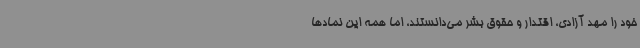
خود را مهد آزادی، اقتدار و حقوق بشر می‌دانستند، اما همه این نمادها